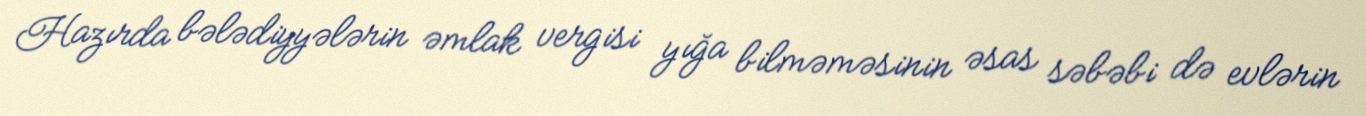
Hazırda bələdiyyələrin əmlak vergisi yığa bilməməsinin əsas səbəbi də evlərin